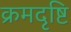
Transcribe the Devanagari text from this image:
क्रमदृष्टि